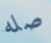
صله